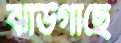
ঝাউগাছে